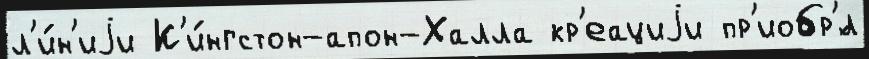
л'и́н'иjи К'и́нгстон-апон-Халла кр'еациjи пр'иобр'́л